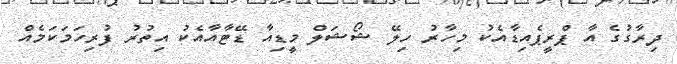
ދިރާގުގެ އާ ޕްރީޕެއިޑާއެކު މިހާރު ހިލޭ ޝޯޝަލް މީޑިއާ ޑޭޓާއާއެކު އިތުރު ފުރިހަމަކަމެއް